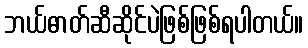
ဘယ်ဓာတ်ဆီဆိုင်ပဲဖြစ်ဖြစ်ရပါတယ်။